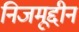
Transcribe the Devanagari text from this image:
निजमूद्दीन